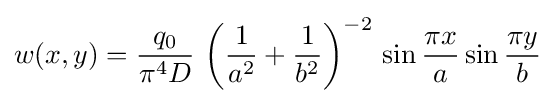
w(x,y)={\frac {q_{0}}{\pi ^{4}D}}\,\left({\frac {1}{a^{2}}}+{\frac {1}{b^{2}}}\right)^{-2}\,\sin {\frac {\pi x}{a}}\sin {\frac {\pi y}{b}}